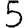
Digit: 5